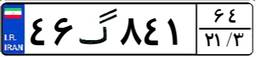
۴۶گ۸۴۱۶۴